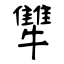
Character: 犨